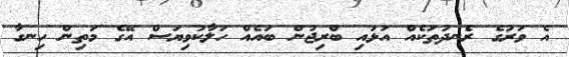
އެ ވަރުގެ ރެނދުތަކެއް އަޅައި ބްރިޖުން ބައެއް ހަލާކުވިޔަސް އޭގެ މަތިން ހިނގާ